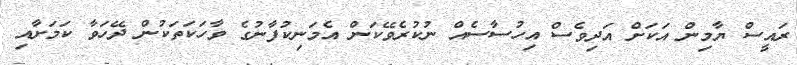
ރައީސް ޔާމިން އަކަށް އަދިވެސް އިހުސާސެއް ނުކުރެވޭކަން އެމަނިކުފާނުގެ ވާހަކަތަކުން ދޭހަވާ ކަމަށާއި